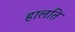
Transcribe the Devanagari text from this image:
हालति